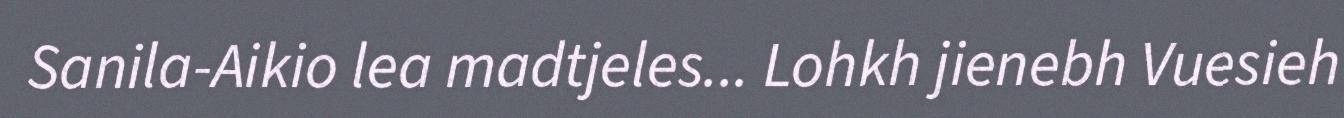
Sanila-Aikio lea madtjeles... Lohkh jienebh Vuesieh